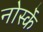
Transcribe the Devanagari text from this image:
नोर्स्के